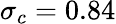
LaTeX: \sigma_{c}=0.84